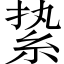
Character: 絷